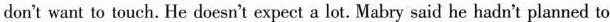
don't want to touch. He doesn't expect a lot. Mabry said he hadn't planned to